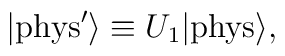
|{\rm{phys}}^\prime \rangle \equiv  U_1  |{\rm{phys}}\rangle,